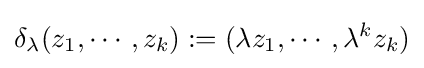
\delta _{\lambda }(z_{1},\cdots ,z_{k}):=(\lambda z_{1},\cdots ,\lambda ^{k}z_{k})